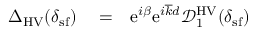
\begin{array} { r l r } { { \Delta } _ { \mathrm { H V } } ( \delta _ { \mathrm { s f } } ) } & { { } = } & { \mathrm { e } ^ { i \beta } \mathrm { e } ^ { i \overline { { k } } d } \mathcal { D } _ { 1 } ^ { \mathrm { H V } } ( \delta _ { \mathrm { s f } } ) } \end{array}